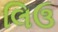
લિઉ